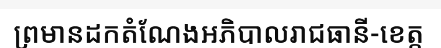
ព្រមានដកតំណែងអភិបាលរាជធានី-ខេត្ត